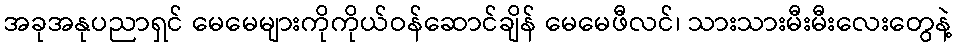
အခုအနုပညာရှင် မေမေများကိုကိုယ်ဝန်ဆောင်ချိန် မေမေဖီလင်၊ သားသားမီးမီးလေးတွေနဲ့